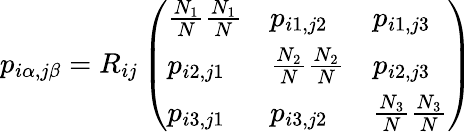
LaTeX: p_{i\alpha,j\beta}=R_{ij}\left(\begin{array}{lll}{\frac{N_{1}}{N}\frac{N_{1}}{N}}&{p_{i1,j2}}&{p_{i1,j3}}\\ {p_{i2,j1}}&{\frac{N_{2}}{N}\frac{N_{2}}{N}}&{p_{i2,j3}}\\ {p_{i3,j1}}&{p_{i3,j2}}&{\frac{N_{3}}{N}\frac{N_{3}}{N}}\end{array}\right)